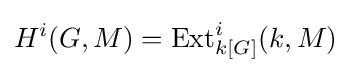
H^{i}(G,M)=\operatorname {Ext} _{k[G]}^{i}(k,M)